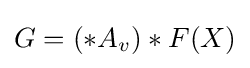
G=(\ast A_{v})\ast F(X)